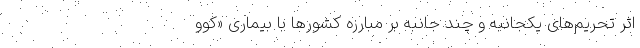
اثر تحریم‌های یکجانبه و چند جانبه بر مبارزه کشورها با بیماری «کوو